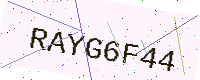
Text: RAYG6F44